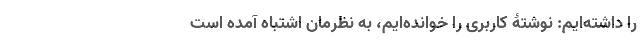
را داشته‌ایم: نوشتۀ کاربری را خوانده‌ایم، به نظرمان اشتباه آمده است